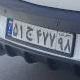
۵۱ج۴۷۷۹۸